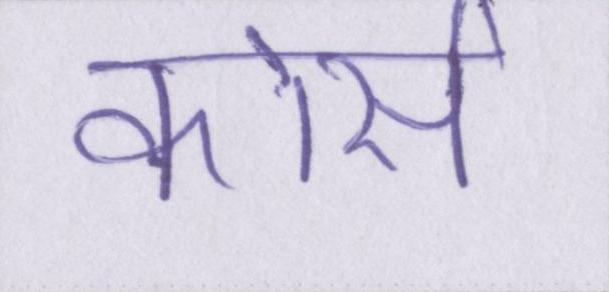
कोर्स